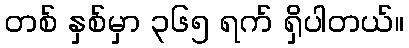
တစ် နှစ်မှာ ၃၆၅ ရက် ရှိပါတယ်။